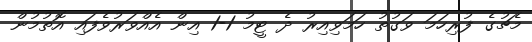
މެޗުގެ ފުރިހަމަ ވަގުތު ހަމަވިއިރު ދެ ޓީމު 1-1 އިން އެއްވަރުވެފައި އޮތުމުން